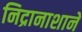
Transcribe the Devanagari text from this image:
निद्रानाशाने